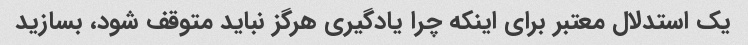
یک استدلال معتبر برای اینکه چرا یادگیری هرگز نباید متوقف شود، بسازید